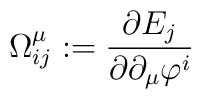
\Omega ^{\mu }_{ij}:=\frac{\partial E_{j}}{\partial \partial_{\mu }\varphi^{i}}